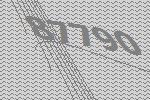
87790